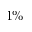
1 \%